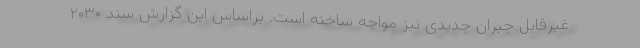
غیرقابل جبران جدیدی نیز مواجه ساخته است. براساس این گزارش سند ۲۰۳۰